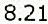
8.21